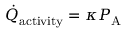
\dot { Q } _ { \mathrm { a c t i v i t y } } = \kappa P _ { \mathrm { A } }